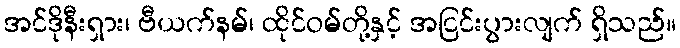
အင်ဒိုနီးရှား၊ ဗီယက်နမ်၊ ထိုင်ဝမ်တို့နှင့် အငြင်းပွားလျက် ရှိသည်။